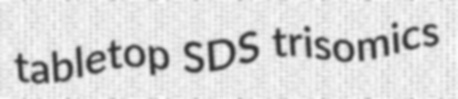
tabletop SDS trisomics